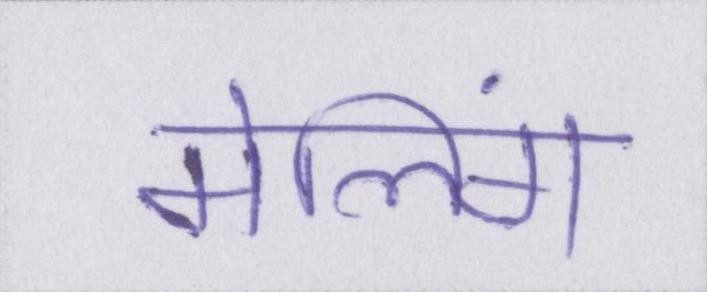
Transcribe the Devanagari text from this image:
मेलिंग